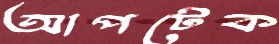
আপটেক